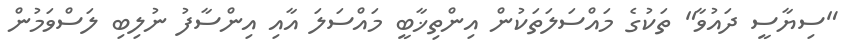
"ސިޔާސީ ދައުވާ" ތަކުގެ މައްސަލަތަކުން އިންތިޚާބީ މައްސަލަ އާއި އިންސާފު ނުލިބި ލަސްވަމުން